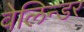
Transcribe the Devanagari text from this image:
वेलिन्डर